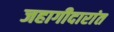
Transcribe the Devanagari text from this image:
जहागीदारांत